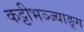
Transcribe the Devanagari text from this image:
कट्टीभञ्ज्याङ्ग